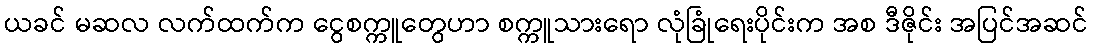
ယခင် မဆလ လက်ထက်က ငွေစက္ကူတွေဟာ စက္ကူသားရော လုံခြုံရေးပိုင်းက အစ ဒီဇိုင်း အပြင်အဆင်